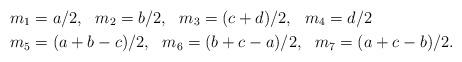
LaTeX: \begin{align*}m_1&=a/2,~~ m_2=b/2,~~m_3=(c+d)/2,~~m_4=d/2\\*m_5&=(a+b-c)/2,~~ m_6=(b+c-a)/2,~~ m_7=(a+c-b)/2.\end{align*}